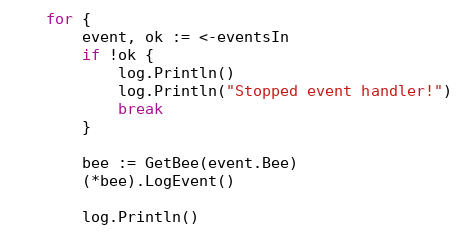
Language: Go
	for {
		event, ok := <-eventsIn
		if !ok {
			log.Println()
			log.Println("Stopped event handler!")
			break
		}

		bee := GetBee(event.Bee)
		(*bee).LogEvent()

		log.Println()